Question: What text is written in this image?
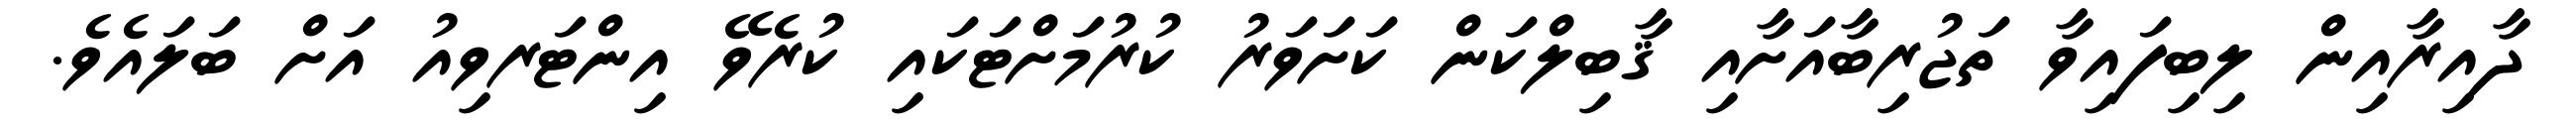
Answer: ދާއިރާއިން ލިބިފައިވާ ތަޖުރިބާއަށާއި ޤާބިލްކަން ކަށަވަރު ކުރުމަށްޓަކައި ކުރެވޭ އިންޓަރވިއު އަށް ބަލައެވެ.